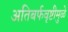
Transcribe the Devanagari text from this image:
अतिबर्फवृष्टीमुळे